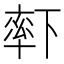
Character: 𬍏